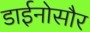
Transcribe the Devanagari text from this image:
डाईनोसौर